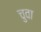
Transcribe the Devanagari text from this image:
चुवा